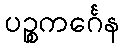
ပဉ္စကင်္ဂေန